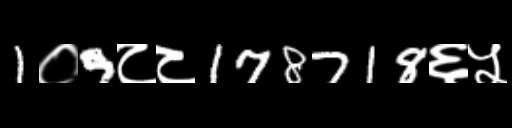
Text: 1०9८८178718६५